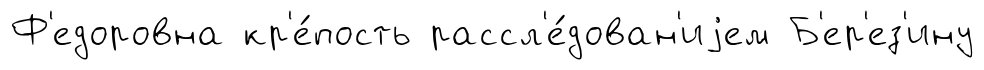
Ф'едоровна кр'е́пость рассл'е́дован'иjем Б'ер'ез'ину